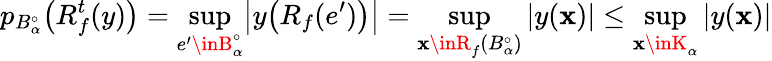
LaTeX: p_{B_{\alpha}^{\circ}}\bigl(R_{f}^{t}(y)\bigr)=\operatorname*{sup}_{e^{\prime}\inB_{\alpha}^{\circ}}\bigl|y\bigl(R_{f}(e^{\prime})\bigr)\bigr|=\operatorname*{sup}_{\mathbf{x}\inR_{f}(B_{\alpha}^{\circ})}|y(\mathbf{x})|\leq\operatorname*{sup}_{\mathbf{x}\inK_{\alpha}}|y(\mathbf{x})|